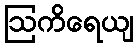
ဩကိရေယျ